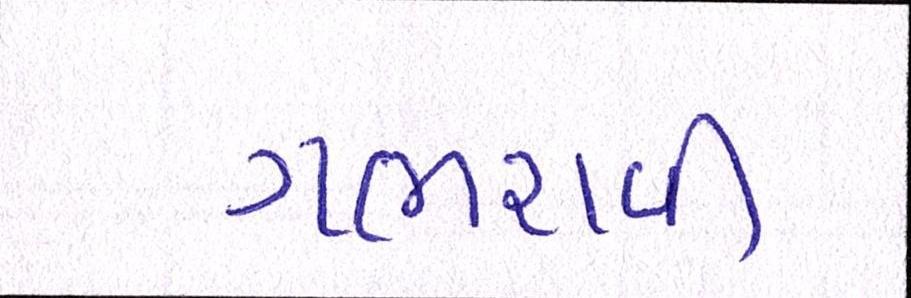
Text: ગભરાવી